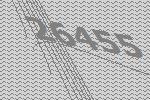
26455